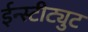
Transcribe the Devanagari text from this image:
ईन्स्टीट्युट